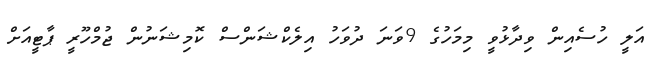
އަލީ ހުސެއިން ވިދާޅުވީ މިމަހުގެ 9ވަނަ ދުވަހު އިލެކްޝަންސް ކޮމިޝަނުން ޖުމްހޫރީ ޕާޓީއަށް